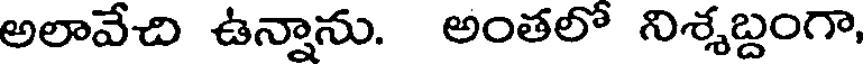
అలావేచి ఉన్నాను. అంతలో నిశ్శబ్దంగా,